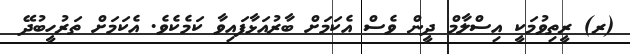
(ރ) ރީތިވުމަކީ އިސްލާމް ދީން ވެސް އެކަމަށް ބާރުއަޅާފައިވާ ކަމެކެވެ. އެކަމަށް ތަރުހީބުދޭ